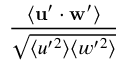
\frac { \langle \mathbf { u } ^ { \prime } \cdot \mathbf { w } ^ { \prime } \rangle } { \sqrt { \langle u ^ { \prime 2 } \rangle \langle w ^ { \prime 2 } \rangle } }